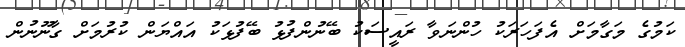
ކަމުގެ މަގާމަށް އެފަހަރަކު ހުންނަވާ ރައީސަކު ބޭނުންފުޅު ބޭފުޅަކު އައްޔަން ކުރުމަށް ގާނޫނުން